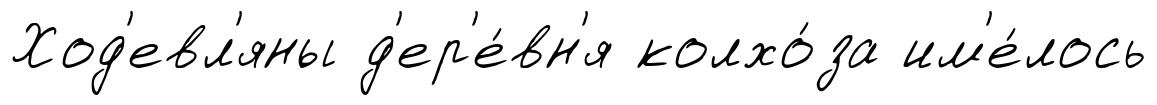
Ход'евл'яны д'ер'е́вн'я колхо́за им'е́лось